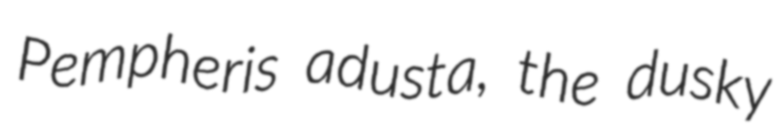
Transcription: Pempheris adusta, the dusky